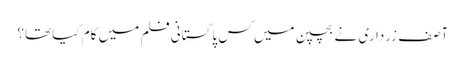
آصف زرداری نے بچپن میں کس پاکستانی فلم میں کام کیا تھا؟